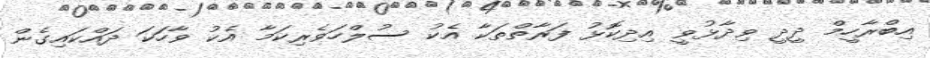
އިބްރާހީމް ދީދީ ވިދާޅުވީ އިދިކޮޅު ފަރާތްތަކާ އެކު ސުލްހަވެރިކަމާ އެކު ވާހަކަ ދައްކައިގެން